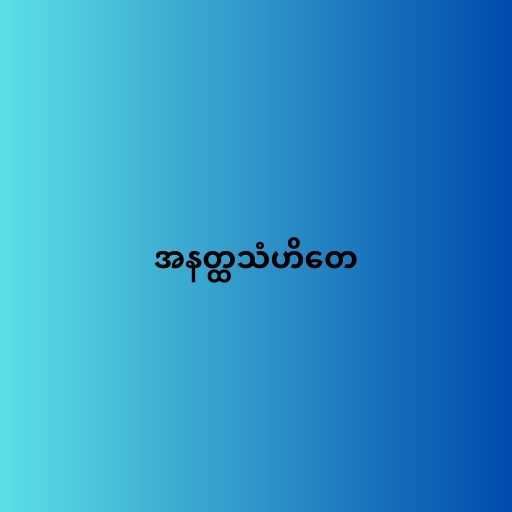
အနတ္ထသံဟိတေ